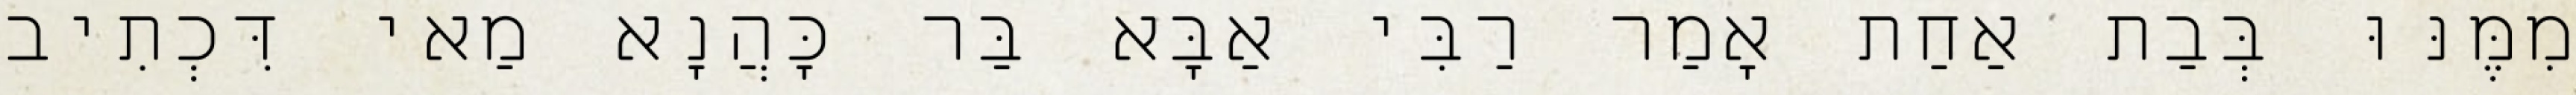
מִמֶּנּוּ בְּבַת אַחַת אָמַר רַבִּי אַבָּא בַּר כָּהֲנָא מַאי דִּכְתִיב